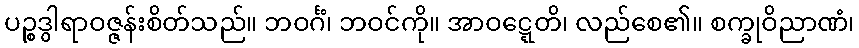
ပဉ္စဒွါရာဝဇ္ဇန်းစိတ်သည်။ ဘဝင်္ဂံ၊ ဘဝင်ကို။ အာဝဋ္ဋေတိ၊ လည်စေ၏။ စက္ခုဝိညာဏံ၊